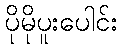
ပိုမိုပူးပေါင်း